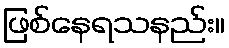
ဖြစ်နေရသနည်း။